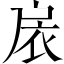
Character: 扆